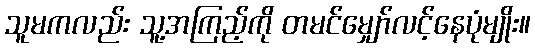
သူမကလည်း သူ့အကြည့်ကို တမင်မျှော်လင့်နေပုံမျိုး။